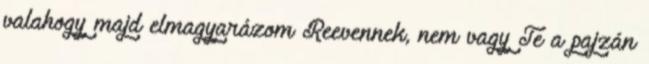
valahogy majd elmagyarázom Reevennek, nem vagy Te a pajzán